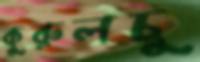
কুরুলচু